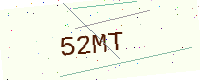
Text: 52MT